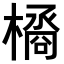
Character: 𣚹